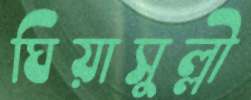
ঘিয়াসুল্লী